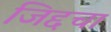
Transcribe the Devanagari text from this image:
जिद्दचा